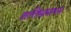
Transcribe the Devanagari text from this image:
शक्तिप्रमापन